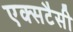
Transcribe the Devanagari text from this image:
एक्सटैसी